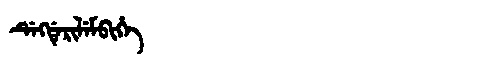
Manchu: ᡩᡝᡴᡩᡝᡵᡳᠯᡝᠮᠪᡳᡥᡝ
Romanization: DEKDERILEMBIHE